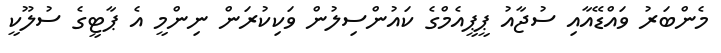
މެންބަރު ވައްޑޭއާއި ސުޖާއު ޕީޕީއެމްގެ ކައުންސިލުން ވަކިކުރަން ނިންމީ އެ ޕާޓީގެ ސުލޫކީ